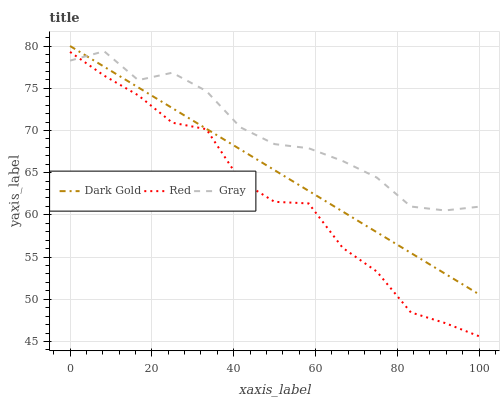
| xaxis_label | Dark Gold | Red | Gray |
 | --- | --- | --- | --- |
 | 0 | 80 | 79.3 | 78.3 |
 | 8.33 | 77.5 | 76.5 | 79.4 |
 | 16.7 | 75.1 | 74.2 | 76 |
 | 25 | 72.6 | 70.9 | 76.8 |
 | 33.3 | 70.2 | 70.1 | 74.7 |
 | 41.7 | 67.7 | 64 | 70.4 |
 | 50 | 65.3 | 61.5 | 68.4 |
 | 58.3 | 62.8 | 61.4 | 67.9 |
 | 66.7 | 60.4 | 56.1 | 66.4 |
 | 75 | 57.9 | 53.3 | 64.4 |
 | 83.3 | 55.5 | 48.4 | 61 |
 | 91.7 | 53 | 47.2 | 60.5 |
 | 100 | 50.6 | 45.6 | 61 |